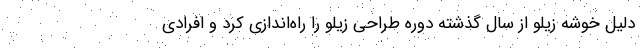
دلیل خوشه زیلو از سال گذشته دوره طراحی زیلو را راه‌اندازی کرد و افرادی